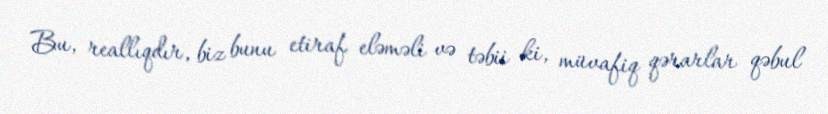
Bu, reallıqdır, biz bunu etiraf eləməli və təbii ki, müvafiq qərarlar qəbul